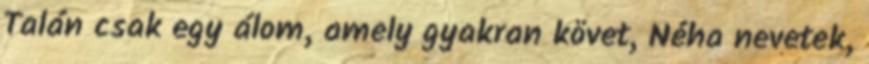
Talán csak egy álom, amely gyakran követ, Néha nevetek,